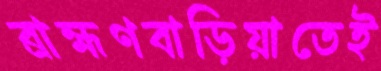
ব্রাহ্মণবাড়িয়াতেই